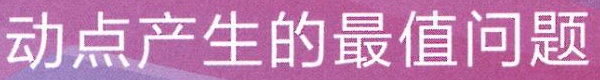
动点产生的最值问题